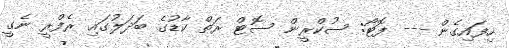
ހިފައިގެން --- ފޮޓޯ: ސުކްރީން ސޮޓް ރަތް ކާޑުގެ ބަދަލުގައި ރެފްރީ ނެގީ